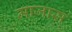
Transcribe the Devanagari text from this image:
माजास